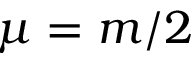
\mu = m / 2